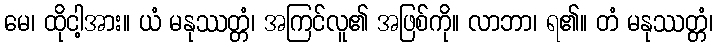
မေ၊ ထိုငါ့အား။ ယံ မနုဿတ္တံ၊ အကြင်လူ၏ အဖြစ်ကို။ လာဘာ၊ ရ၏။ တံ မနုဿတ္တံ၊